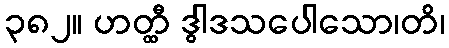
၃၈၂။ ဟတ္ထီ ဒွါဒသပေါသော၊တိ၊